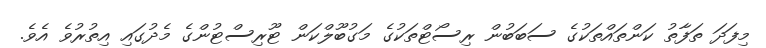
މިފަދަ ތަފާތު ކަންތައްތަކުގެ ސަބަބުން ރިސޯޓްތަކުގެ މަގުބޫލްކަން ޓޫރިސްޓުންގެ މެދުގައި އިތުރުވެ އެވެ.